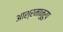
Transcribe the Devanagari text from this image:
आश्रमानुरुप